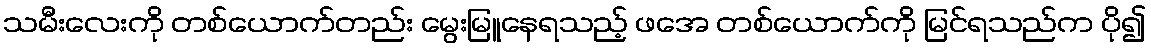
သမီးလေးကို တစ်ယောက်တည်း မွေးမြူနေရသည့် ဖအေ တစ်ယောက်ကို မြင်ရသည်က ပို၍